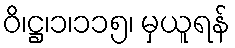
ဝိ၊ဋ္ဌ၊၁၊၁၁၅၊ မှယူရန်